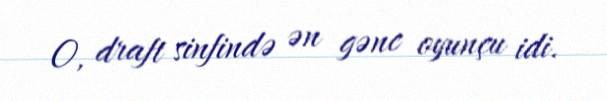
O, draft sinfində ən gənc oyunçu idi.